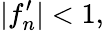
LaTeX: |f_{n}^{\prime}|<1,